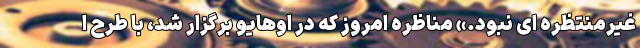
غیرمنتظره ای نبود.» مناظره امروز که در اوهایو برگزار شد، با طرح ا